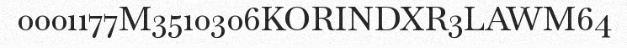
0001177M3510306KORINDXR3LAWM64